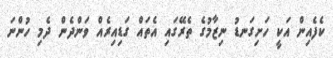
ކެފެއިން އަކީ ހަށިގަނޑު ނިޒާމުގެ ތެރޭގައި އެތައް ގަޑިއިރެއް ވަންދެން ދެމި ހުންނަ